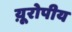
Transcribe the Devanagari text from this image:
य़ूरोपीय